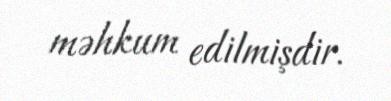
məhkum edilmişdir.